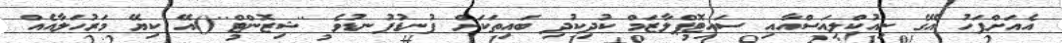
އެއަށްފަހު އޭގެ ނިއުކްލިއަސްއާއި ސައިޓޮޕްލާޒަމް ކުދިކުދި ބައިތަކަށް ފުނޑުފުނޑުވެ ''ޝިޒޮންޓް''()އޭ ކިޔޭ މަރުހަލާއެއް